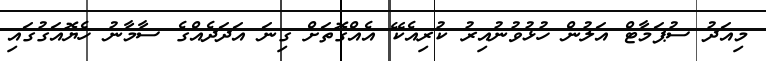
މިއަދު ސުޕަމާޓް އަލުން ހުޅުވުނުއިރު ކުރިއެކޭ އެއްގޮތަށް ގިނަ އަދަދެއްގެ ސާމާނު ހެޔޮއަގުގައި